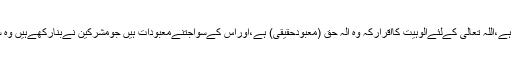
2- اوراثبات سےمراد ہے،اللہ تعالی کےلئےالوہیت کااقرارکہ وہ الہِ حق (معبودحقیقی) ہے،اوراس کےسواجتنےمعبودات ہیں جومشرکین نےبنارکھےہیں وہ سب کےسب باطل ہیں۔